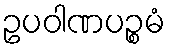
ဥပဝါဏပဉ္စမံ